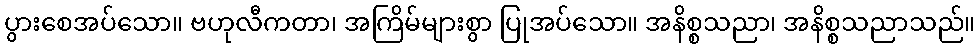
ပွားစေအပ်သော။ ဗဟုလီကတာ၊ အကြိမ်များစွာ ပြုအပ်သော။ အနိစ္စသညာ၊ အနိစ္စသညာသည်။